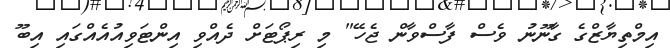
އިމްތިޔާޒްގެ ގާނޫނު ވެސް ފާސްވާން ޖެހޭ" މި ރިޕޯޓަށް ދެއްވި އިންޓަވިއުއެއްގައި އިބޫ